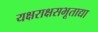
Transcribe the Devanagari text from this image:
यक्षराक्षसभूताद्या